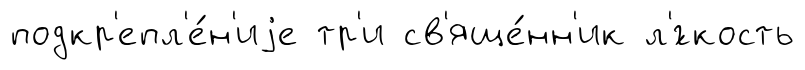
подкр'епл'е́н'иjе тр'и св'яще́нн'ик л'́гкость